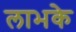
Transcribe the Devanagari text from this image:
लाभके